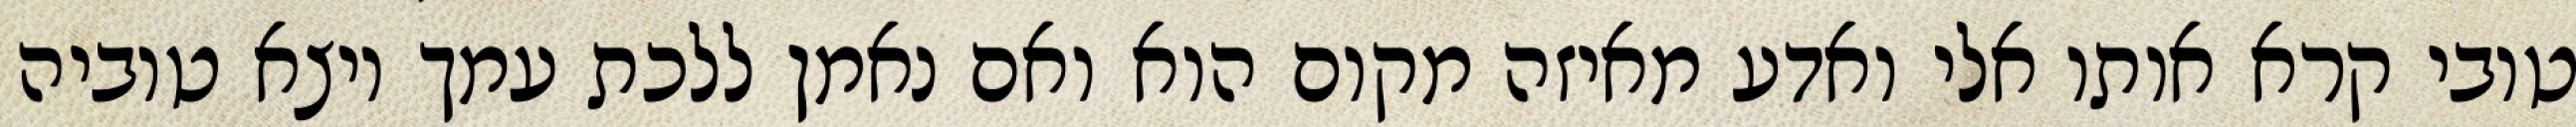
טובי קרא אותו אלי ואדע מאיזה מקום הוא ואם נאמן ללכת עמך ויצא טוביה